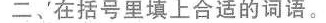
二、在括号里填上合适的词语。